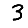
Digit: 3